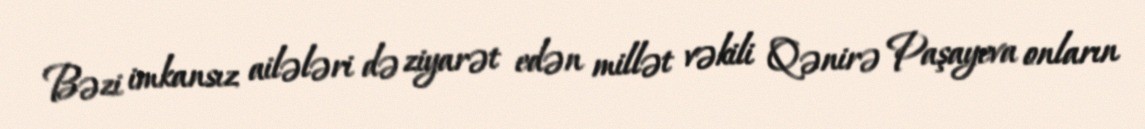
Bəzi imkansız ailələri də ziyarət edən millət vəkili Qənirə Paşayeva onların